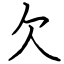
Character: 欠